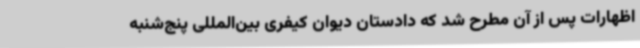
اظهارات پس از آن مطرح شد که دادستان دیوان کیفری بین‌المللی پنج‌شنبه